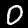
Label: 0